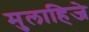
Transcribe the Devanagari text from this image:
मुलाहिजे